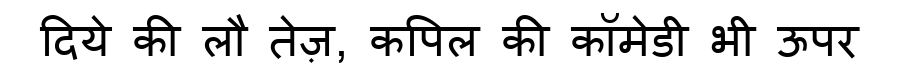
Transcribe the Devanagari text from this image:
दिये की लौ तेज़, कपिल की कॉमेडी भी ऊपर